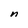
Character: n